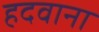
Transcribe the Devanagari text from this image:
हदवाना